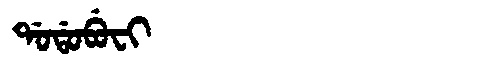
Manchu: ᡩᠣᡩᠣᠪᡠᠸᡳ
Romanization: DODOBUFI